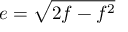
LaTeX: e = { \sqrt { 2 f - f ^ { 2 } } }